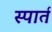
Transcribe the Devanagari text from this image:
स्पार्त